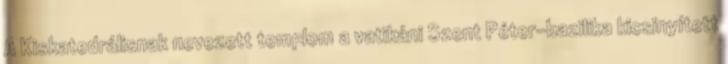
A Kiskatedrálisnak nevezett templom a vatikáni Szent Péter-bazilika kicsinyített